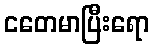
ငတေမာပြီးရော